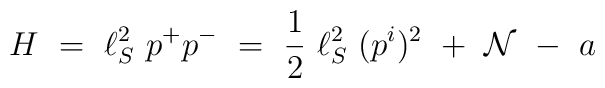
H~=~\ell^2_S~ p^+p^- ~=~ \frac{1}{2}~\ell_S^2~ (p^i)^2  ~+~ {\cal N} ~-~ a